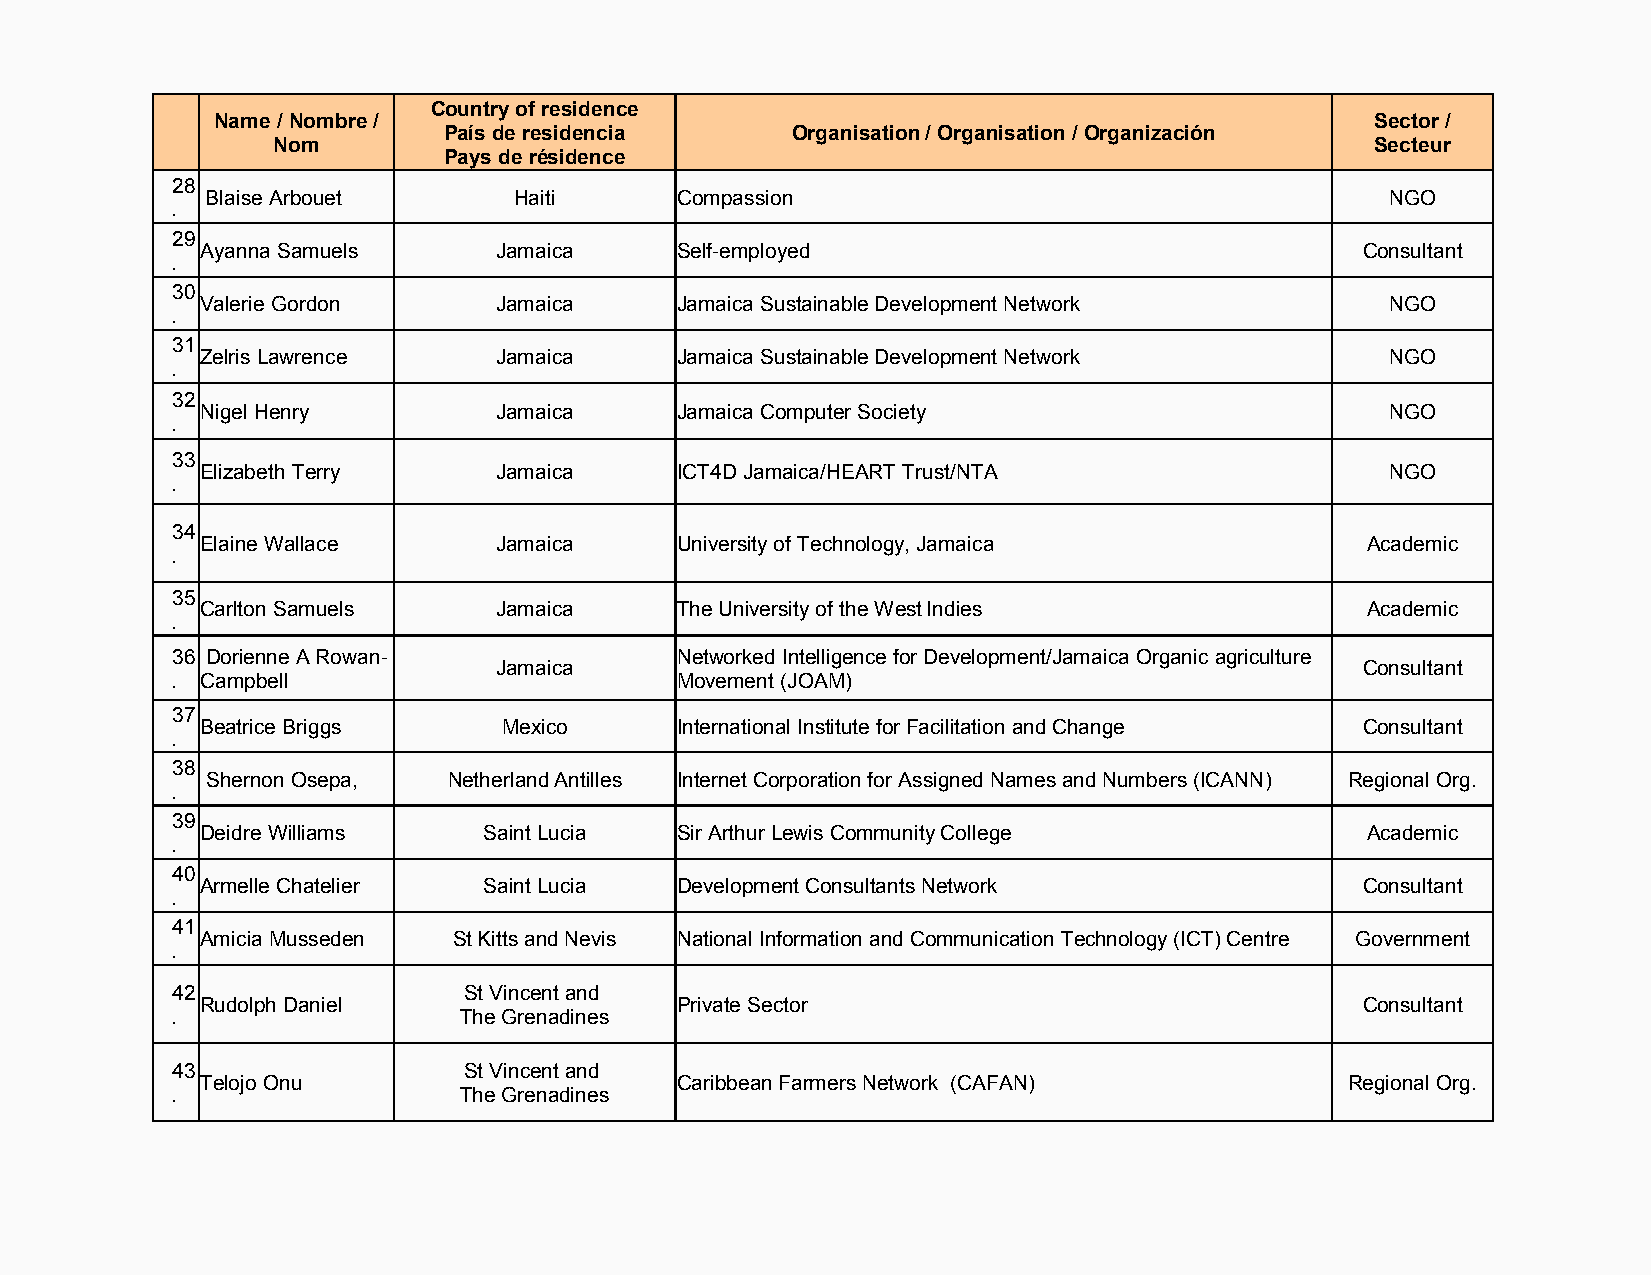
Country of residence
 Name / Nombre /                                                              Sector /
 País de residencia     Organisation / Organisation / Organización
 Nom                                                                      Secteur
 Pays de résidence
 28
 Blaise Arbouet      Haiti      Compassion                                     NGO
 .
 29
 Ayanna Samuels      Jamaica     Self-employed                                Consultant
 .
 30
 Valerie Gordon      Jamaica     Jamaica Sustainable Development Network        NGO
 .
 31
 Zelris Lawrence     Jamaica     Jamaica Sustainable Development Network        NGO
 .
 32
 Nigel Henry         Jamaica     Jamaica Computer Society                       NGO
 .
 33
 Elizabeth Terry     Jamaica     ICT4D Jamaica/HEART Trust/NTA                  NGO
 .
 34
 Elaine Wallace      Jamaica     University of Technology, Jamaica            Academic
 .
 35
 Carlton Samuels     Jamaica     The University of the West Indies            Academic
 .
 36 Dorienne A Rowan-              Networked Intelligence for Development/Jamaica Organic agriculture
 Jamaica                                                  Consultant
 . Campbell                        Movement (JOAM)
 37
 Beatrice Briggs     Mexico      International Institute for Facilitation and Change Consultant
 .
 38
 Shernon Osepa,  Netherland Antilles Internet Corporation for Assigned Names and Numbers (ICANN) Regional Org.
 .
 39
 Deidre Williams    Saint Lucia  Sir Arthur Lewis Community College           Academic
 .
 40
 Armelle Chatelier  Saint Lucia  Development Consultants Network              Consultant
 .
 41
 Amicia Musseden  St Kitts and Nevis National Information and Communication Technology (ICT) Centre Government
 .
 42                  St Vincent and
 Rudolph Daniel                  Private Sector                               Consultant
 .                  The Grenadines
 43                  St Vincent and
 Telojo Onu                      Caribbean Farmers Network (CAFAN)           Regional Org.
 .                  The Grenadines